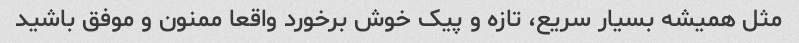
مثل همیشه بسیار سریع، تازه و پیک خوش برخورد واقعا ممنون و موفق باشید